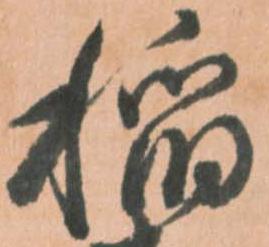
稲